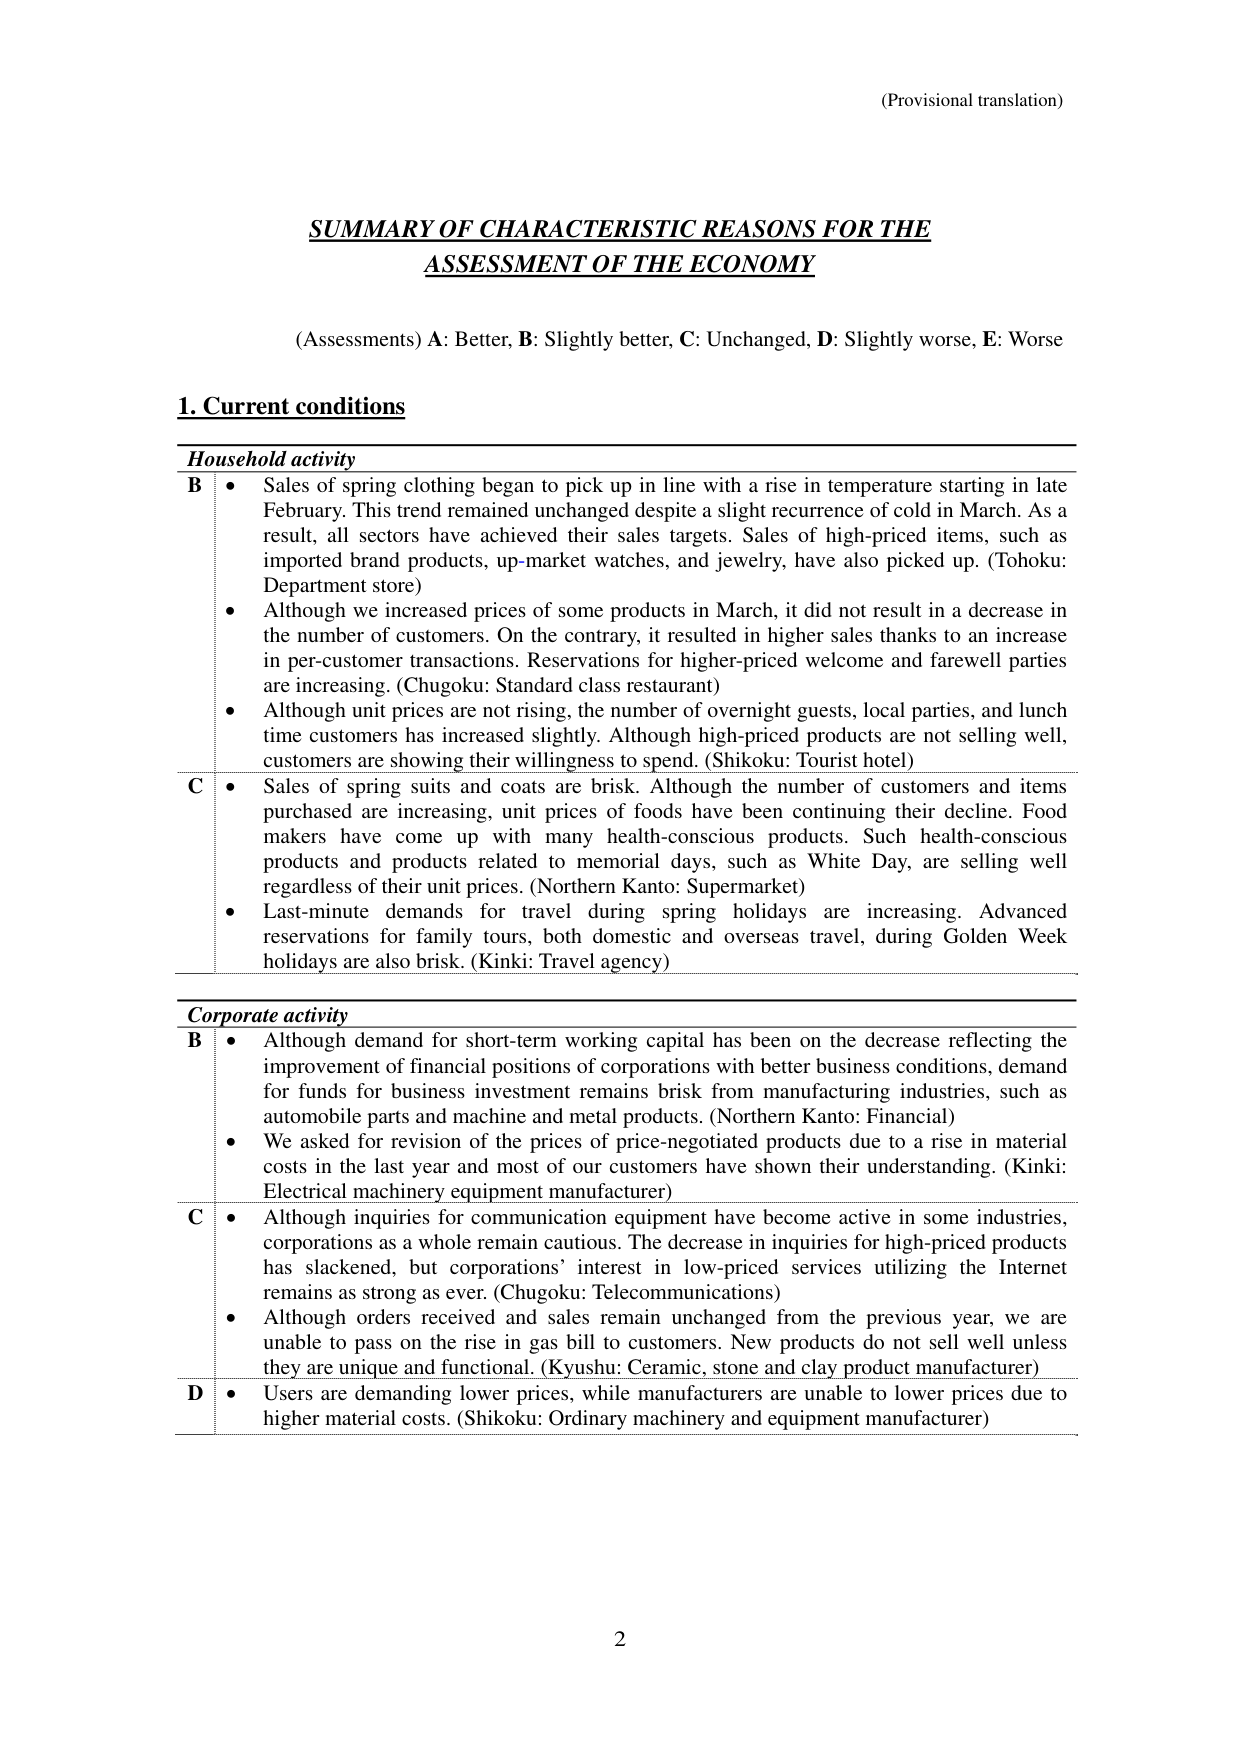
(Provisional translation)

SUMMARY OF CHARACTERISTIC REASONS FOR THE
ASSESSMENT OF THE ECONOMY

(Assessments) A: Better, B: Slightly better, C: Unchanged, D: Slightly worse, E: Worse

1. Current conditions

Household activity
B • Sales of spring clothing began to pick up in line with a rise in temperature starting in late February. This trend remained unchanged despite a slight recurrence of cold in March. As a result, all sectors have achieved their sales targets. Sales of high-priced items, such as imported brand products, up-market watches, and jewelry, have also picked up. (Tohoku: Department store)
• Although we increased prices of some products in March, it did not result in a decrease in the number of customers. On the contrary, it resulted in higher sales thanks to an increase in per-customer transactions. Reservations for higher-priced welcome and farewell parties are increasing. (Chugoku: Standard class restaurant)
• Although unit prices are not rising, the number of overnight guests, local parties, and lunch time customers has increased slightly. Although high-priced products are not selling well, customers are showing their willingness to spend. (Shikoku: Tourist hotel)
C • Sales of spring suits and coats are brisk. Although the number of customers and items purchased are increasing, unit prices of foods have been continuing their decline. Food makers have come up with many health-conscious products. Such health-conscious products and products related to memorial days, such as White Day, are selling well regardless of their unit prices. (Northern Kanto: Supermarket)
• Last-minute demands for travel during spring holidays are increasing. Advanced reservations for family tours, both domestic and overseas travel, during Golden Week holidays are also brisk. (Kinki: Travel agency)

Corporate activity
B • Although demand for short-term working capital has been on the decrease reflecting the improvement of financial positions of corporations with better business conditions, demand for funds for business investment remains brisk from manufacturing industries, such as automobile parts and machine and metal products. (Northern Kanto: Financial)
• We asked for revision of the prices of price-negotiated products due to a rise in material costs in the last year and most of our customers have shown their understanding. (Kinki: Electrical machinery equipment manufacturer)
C • Although inquiries for communication equipment have become active in some industries, corporations as a whole remain cautious. The decrease in inquiries for high-priced products has slackened, but corporations’ interest in low-priced services utilizing the Internet remains as strong as ever. (Chugoku: Telecommunications)
• Although orders received and sales remain unchanged from the previous year, we are unable to pass on the rise in gas bill to customers. New products do not sell well unless they are unique and functional. (Kyushu: Ceramic, stone and clay product manufacturer)
D • Users are demanding lower prices, while manufacturers are unable to lower prices due to higher material costs. (Shikoku: Ordinary machinery and equipment manufacturer)

2